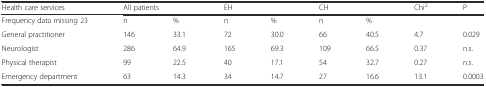
<table><thead><tr><td><b>Health care services</b></td><td colspan="2"><b>All patients</b></td><td colspan="2"><b>EH</b></td><td colspan="2"><b>CH</b></td><td><b>Chi<sup>2</sup></b></td><td><b>P</b></td></tr></thead><tbody><tr><td>Frequency data missing 23</td><td>n</td><td>%</td><td>n</td><td>%</td><td>n</td><td>%</td><td></td><td></td></tr><tr><td>General practitioner</td><td>146</td><td>33.1</td><td>72</td><td>30.0</td><td>66</td><td>40.5</td><td>4.7</td><td>0.029</td></tr><tr><td>Neurologist</td><td>286</td><td>64.9</td><td>165</td><td>69.3</td><td>109</td><td>66.5</td><td>0.37</td><td>n.s.</td></tr><tr><td>Physical therapist</td><td>99</td><td>22.5</td><td>40</td><td>17.1</td><td>54</td><td>32.7</td><td>0.27</td><td>n.s.</td></tr><tr><td>Emergency department</td><td>63</td><td>14.3</td><td>34</td><td>14.7</td><td>27</td><td>16.6</td><td>13.1</td><td>0.0003</td></tr></tbody></table>